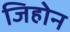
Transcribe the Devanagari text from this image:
जिहोन